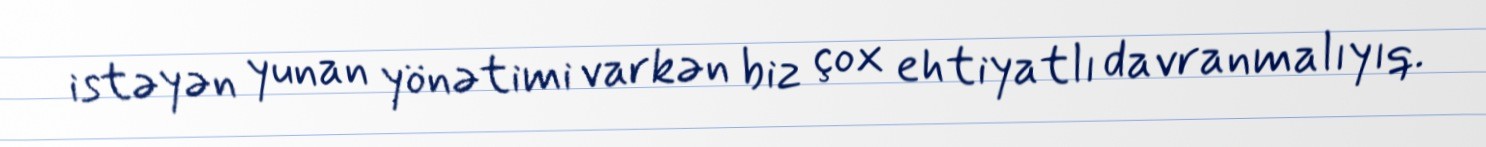
istəyən yunan yönətimi varkən biz çox ehtiyatlı davranmalıyıq.